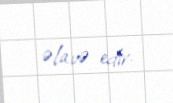
əlavə edir.